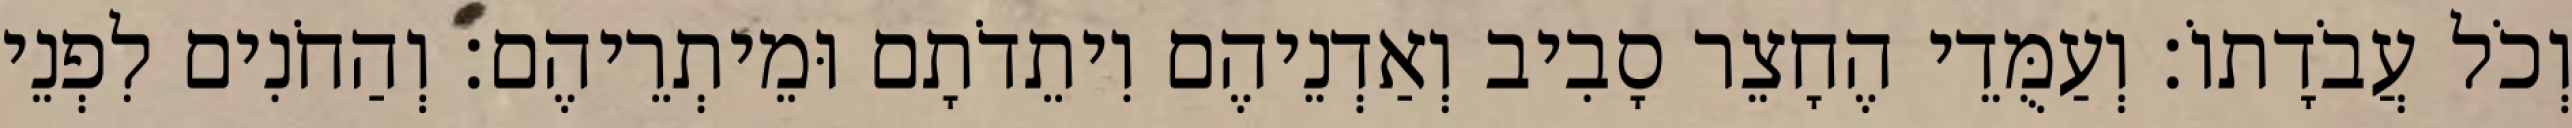
וְכֹל עֲבֹדָתוֹ׃ וְעַמֻּדֵי הֶחָצֵר סָבִיב וְאַדְנֵיהֶם וִיתֵדֹתָם וּמֵיתְרֵיהֶם׃ וְהַחֹנִים לִפְנֵי